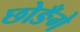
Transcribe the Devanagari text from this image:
छोङँगे